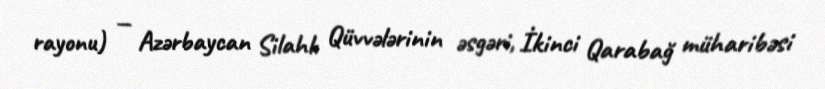
rayonu) — Azərbaycan Silahlı Qüvvələrinin əsgəri, İkinci Qarabağ müharibəsi